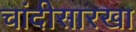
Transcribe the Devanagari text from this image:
चांदीसारखा